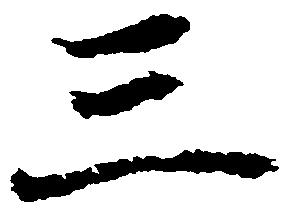
三